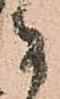
な